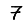
Digit: 7